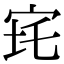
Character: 𡧪